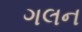
ગલન